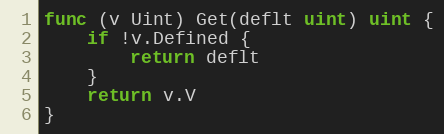
Language: Go
func (v Uint) Get(deflt uint) uint {
	if !v.Defined {
		return deflt
	}
	return v.V
}